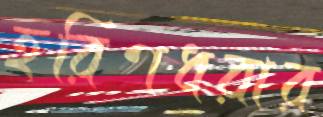
হরিণধরার